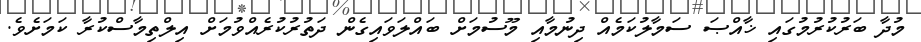
މުދާ ބަރުކުރުމުގައި ޚާއްޞަ ސަމާލުކަމެއް ދިނުމާއި މޫސުމަށް ބައްލަވައިގެން ދަތުރުކުރެއްވުމަށް އިލްތިމާސްކުރާ ކަމަށެވެ.